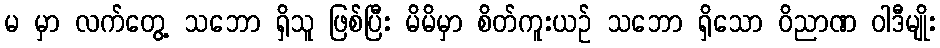
မ မှာ လက်တွေ့ သဘော ရှိသူ ဖြစ်ပြီး မိမိမှာ စိတ်ကူးယဉ် သဘော ရှိသော ဝိညာဏ ဝါဒီမျိုး